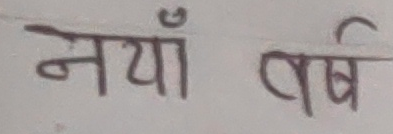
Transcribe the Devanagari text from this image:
नयाँ वर्ष